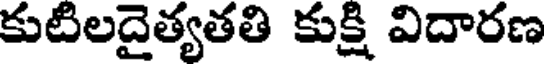
కుటిలదైత్యతతి కుక్షి విదారణ